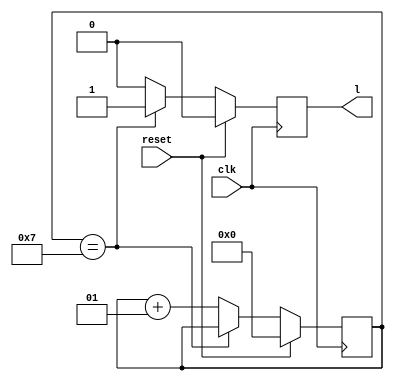
 //Counter 

module counter(reset,l,clk);

input reset,clk;
output reg l;
integer i;

always @(posedge clk)
begin
if(reset)
begin
i=0;
l=0;
end
else
begin
if(i==7)
l=1;
else
begin
i=i+1;
l=0;
end
end
end
endmodule